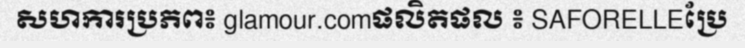
សហការប្រភព៖ glamour.comផលិតផល ៖ SAFORELLEប្រែ